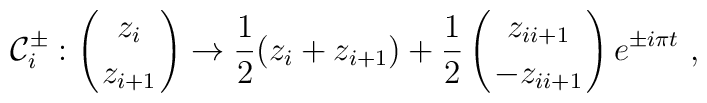
{\cal C}^\pm_i:\left({z_i\atop z_{i+1}}\right)\to {1\over2}(z_i+z_{i+1})+{1\over2}\left({z_{ii+1}\atop -z_{ii+1}}\right) e^{\pm i\pi t} \ ,